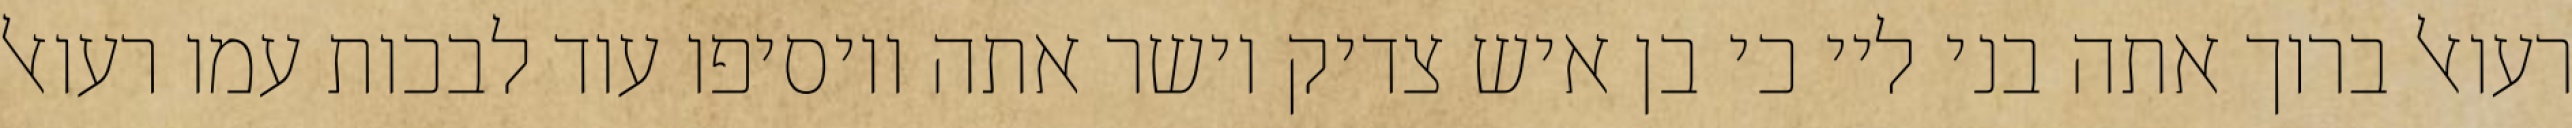
רעואל ברוך אתה בני ליי כי בן איש צדיק וישר אתה ויוסיפו עוד לבכות עמו רעואל